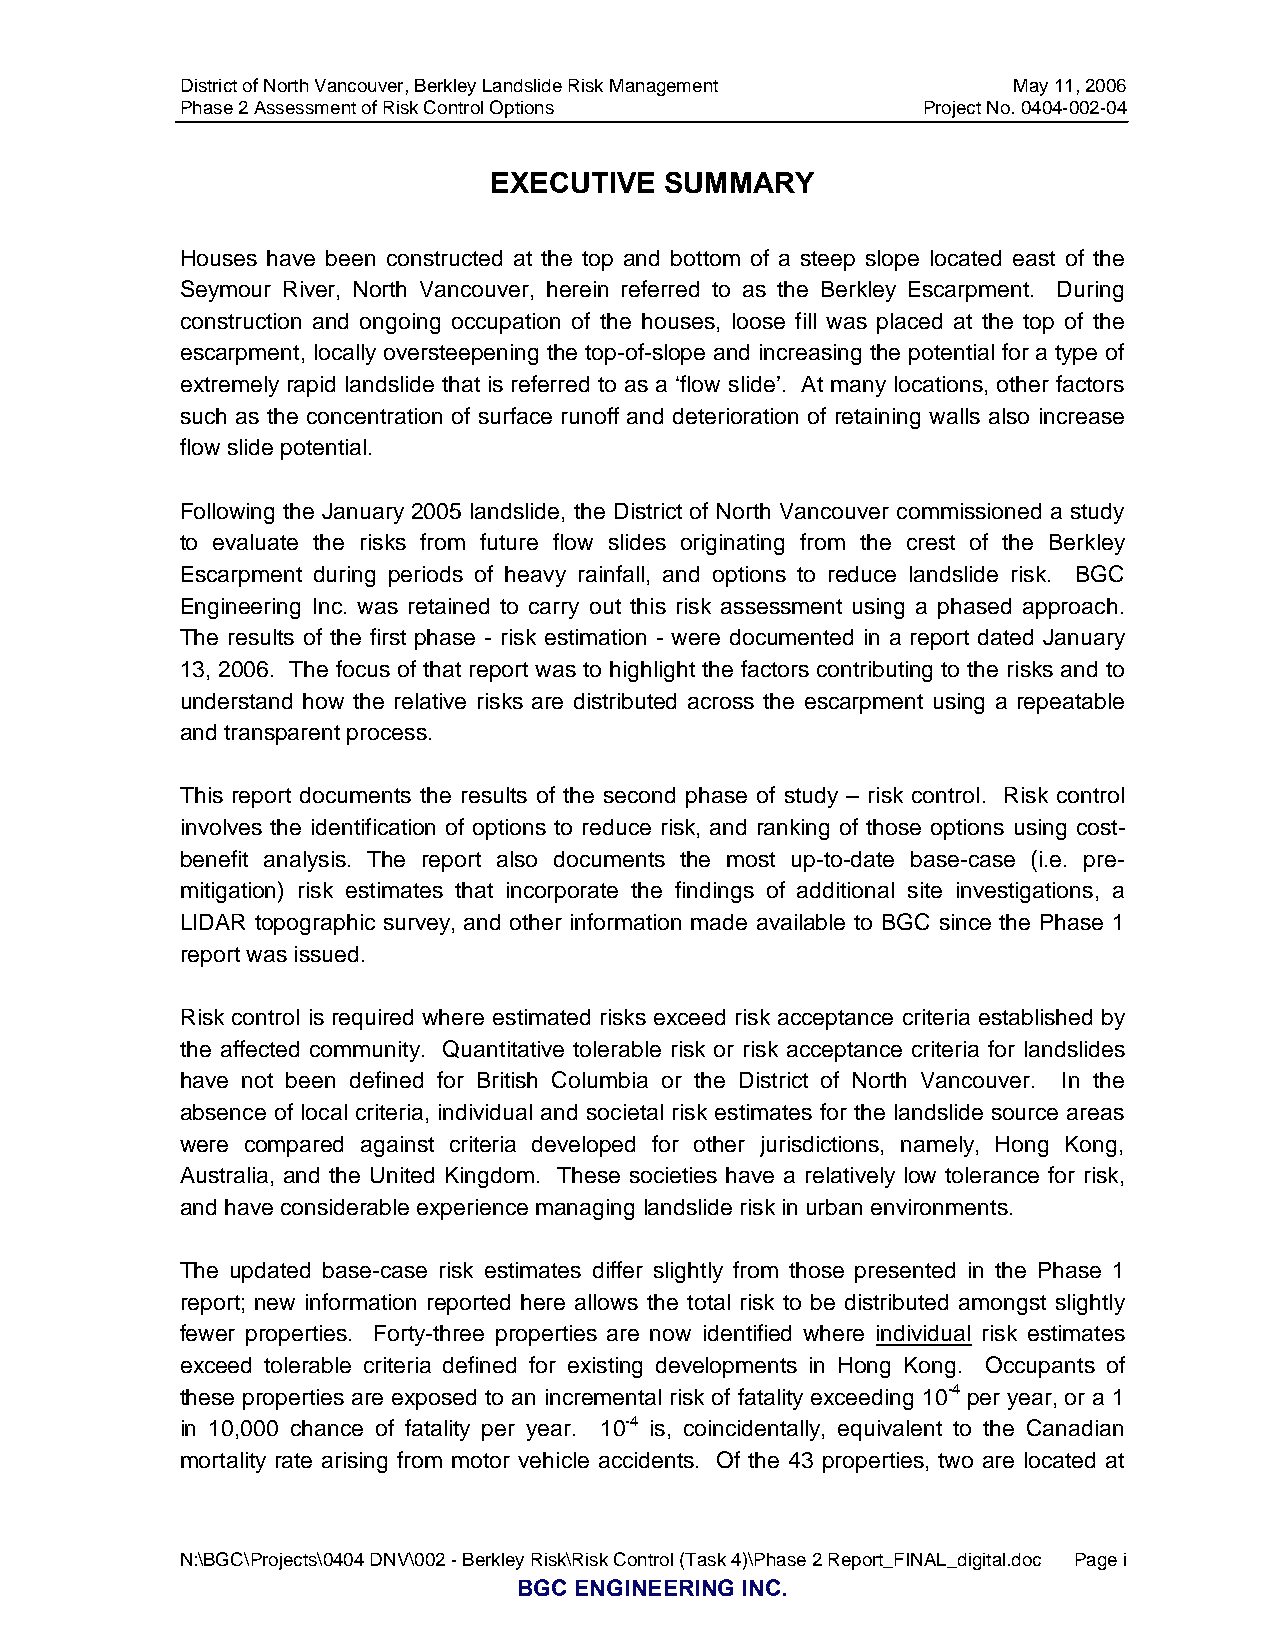
District of North Vancouver, Berkley Landslide Risk Management May 11, 2006
 Phase 2 Assessment of Risk Control Options       Project No. 0404-002-04
 EXECUTIVE   SUMMARY
 Houses have been constructed at the top and bottom of a steep slope located east of the
 Seymour River, North Vancouver, herein referred to as the Berkley Escarpment. During
 construction and ongoing occupation of the houses, loose fill was placed at the top of the
 escarpment, locally oversteepening the top-of-slope and increasing the potential for a type of
 extremely rapid landslide that is referred to as a ‘flow slide’. At many locations, other factors
 such as the concentration of surface runoff and deterioration of retaining walls also increase
 flow slide potential.
 Following the January 2005 landslide, the District of North Vancouver commissioned a study
 to evaluate the risks from future flow slides originating from the crest of the Berkley
 Escarpment during periods of heavy rainfall, and options to reduce landslide risk. BGC
 Engineering Inc. was retained to carry out this risk assessment using a phased approach.
 The results of the first phase - risk estimation - were documented in a report dated January
 13, 2006. The focus of that report was to highlight the factors contributing to the risks and to
 understand how the relative risks are distributed across the escarpment using a repeatable
 and transparent process.
 This report documents the results of the second phase of study – risk control. Risk control
 involves the identification of options to reduce risk, and ranking of those options using cost-
 benefit analysis. The report also documents the most up-to-date base-case (i.e. pre-
 mitigation) risk estimates that incorporate the findings of additional site investigations, a
 LIDAR topographic survey, and other information made available to BGC since the Phase 1
 report was issued.
 Risk control is required where estimated risks exceed risk acceptance criteria established by
 the affected community. Quantitative tolerable risk or risk acceptance criteria for landslides
 have not been defined for British Columbia or the District of North Vancouver. In the
 absence of local criteria, individual and societal risk estimates for the landslide source areas
 were compared against criteria developed for other jurisdictions, namely, Hong Kong,
 Australia, and the United Kingdom. These societies have a relatively low tolerance for risk,
 and have considerable experience managing landslide risk in urban environments.
 The updated base-case risk estimates differ slightly from those presented in the Phase 1
 report; new information reported here allows the total risk to be distributed amongst slightly
 fewer properties. Forty-three properties are now identified where individual risk estimates
 exceed tolerable criteria defined for existing developments in Hong Kong. Occupants of
 these properties are exposed to an incremental risk of fatality exceeding 10-4 per year, or a 1
 in 10,000 chance of fatality per year. 10-4 is, coincidentally, equivalent to the Canadian
 mortality rate arising from motor vehicle accidents. Of the 43 properties, two are located at
 N:\BGC\Projects\0404 DNV\002 - Berkley Risk\Risk Control (Task 4)\Phase 2 Report_FINAL_digital.doc Page i
 BGC ENGINEERING INC.